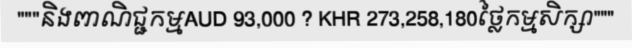
"""និងពាណិជ្ជកម្មAUD 93,000 ? KHR 273,258,180ថ្លៃកម្មសិក្សា"""